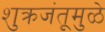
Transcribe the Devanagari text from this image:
शुक्रजंतूमुळे